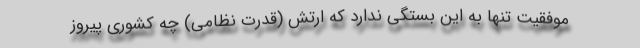
موفقیت تنها به این بستگی ندارد که ارتش (قدرت نظامی) چه کشوری پیروز